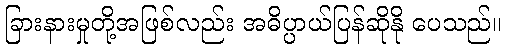
ခြားနားမှုတို့အဖြစ်လည်း အဓိပ္ပာယ်ပြန်ဆိုနို ပေသည်။